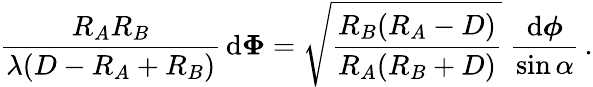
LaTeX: {\frac{R_{A}R_{B}}{\lambda(D-R_{A}+R_{B})}}\, \mathrm{d}\boldsymbol\Phi=\sqrt{\frac{R_{B}(R_{A}-D)}{R_{A}(R_{B}+D)}}\; {\frac{\mathrm{d}\boldsymbol\phi}{\sin\alpha}}\, .